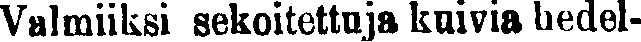
Valmiiksi sekoitettuja kuivia hedel-